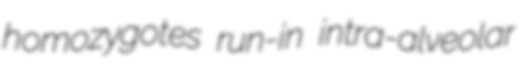
homozygotes run-in intra-alveolar